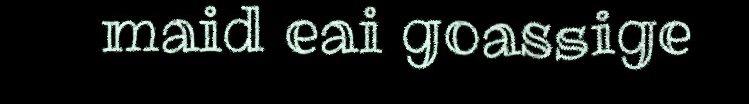
maid eai goassige